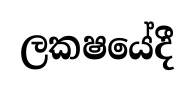
ලකෂයේදී